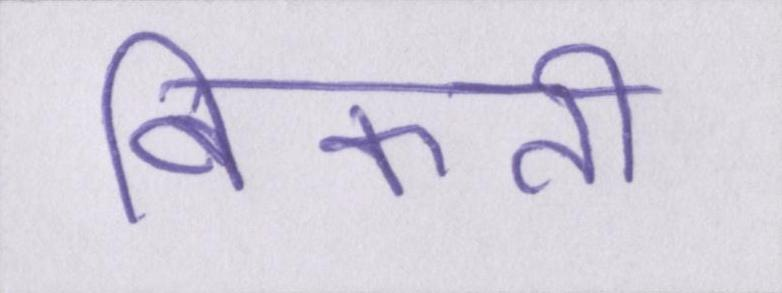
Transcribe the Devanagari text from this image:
बिकती